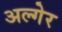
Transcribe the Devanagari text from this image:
अल्गेर